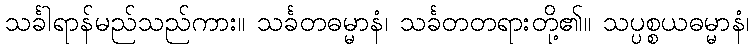
သင်္ခါရာန်မည်သည်ကား။ သင်္ခတဓမ္မာနံ၊ သင်္ခတတရားတို့၏။ သပ္ပစ္စယဓမ္မာနံ၊